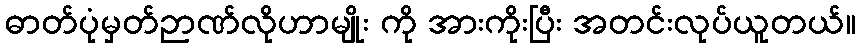
ဓာတ်ပုံမှတ်ဉာဏ်လိုဟာမျိုး ကို အားကိုးပြီး အတင်းလုပ်ယူတယ်။